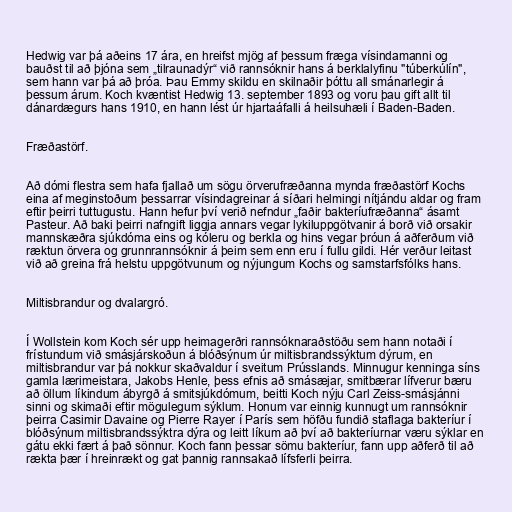
Hedwig var þá aðeins 17 ára, en hreifst mjög af þessum fræga vísindamanni og
bauðst til að þjóna sem „tilraunadýr“ við rannsóknir hans á berklalyfinu "túberkúlín",
sem hann var þá að þróa. Þau Emmy skildu en skilnaðir þóttu all smánarlegir á
þessum árum. Koch kvæntist Hedwig 13. september 1893 og voru þau gift allt til
dánardægurs hans 1910, en hann lést úr hjartaáfalli á heilsuhæli í Baden-Baden.

Fræðastörf.

Að dómi flestra sem hafa fjallað um sögu örverufræðanna mynda fræðastörf Kochs
eina af meginstoðum þessarrar vísindagreinar á síðari helmingi nítjándu aldar og fram
eftir þeirri tuttugustu. Hann hefur því verið nefndur „faðir bakteríufræðanna“ ásamt
Pasteur. Að baki þeirri nafngift liggja annars vegar lykiluppgötvanir á borð við orsakir
mannskæðra sjúkdóma eins og kóleru og berkla og hins vegar þróun á aðferðum við
ræktun örvera og grunnrannsóknir á þeim sem enn eru í fullu gildi. Hér verður leitast
við að greina frá helstu uppgötvunum og nýjungum Kochs og samstarfsfólks hans.

Miltisbrandur og dvalargró.

Í Wollstein kom Koch sér upp heimagerðri rannsóknaraðstöðu sem hann notaði í
frístundum við smásjárskoðun á blóðsýnum úr miltisbrandssýktum dýrum, en
miltisbrandur var þá nokkur skaðvaldur í sveitum Prússlands. Minnugur kenninga síns
gamla lærimeistara, Jakobs Henle, þess efnis að smásæjar, smitbærar lífverur bæru
að öllum líkindum ábyrgð á smitsjúkdómum, beitti Koch nýju Carl Zeiss-smásjánni
sinni og skimaði eftir mögulegum sýklum. Honum var einnig kunnugt um rannsóknir
þeirra Casimir Davaine og Pierre Rayer í París sem höfðu fundið staflaga bakteríur í
blóðsýnum miltisbrandssýktra dýra og leitt líkum að því að bakteríurnar væru sýklar en
gátu ekki fært á það sönnur. Koch fann þessar sömu bakteríur, fann upp aðferð til að
rækta þær í hreinrækt og gat þannig rannsakað lífsferli þeirra.